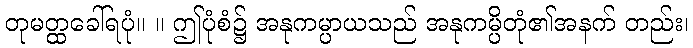
တုမတ္ထခေါ်ရပုံ။ ။ ဤပုံစံ၌ အနုကမ္ပာယသည် အနုကမ္ပိတုံ၏အနက် တည်း၊